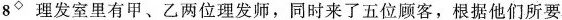
8◇理发室里有甲、乙两位理发师，同时来了五位顾客，根据他们所要